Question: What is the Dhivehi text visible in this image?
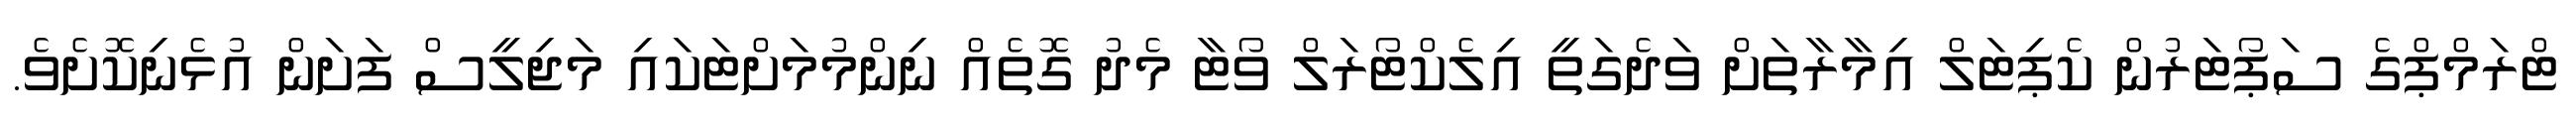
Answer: ޓްރަމްޕްގެ ސަޕޯޓަރުން ކެޕިޓަލް އިމާރާތަށް ވަދެގަތީ އިލެކްޓޯރަލް ވޯޓާ މެދު ގޮތެއް ނިންމުމަށްޓަކައި މަޖިލީސް ފަށަން އުޅެނިކޮށެވެ.